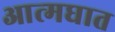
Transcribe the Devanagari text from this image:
आत्‍मघात